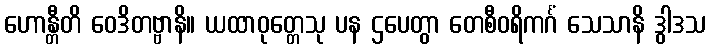
ဟောန္တီတိ ဝေဒိတဗ္ဗာနိ။ ယထာဝုတ္တေသု ပန ဌပေတွာ တေစီဝရိကင်္ဂံ သေသာနိ ဒွါဒသ